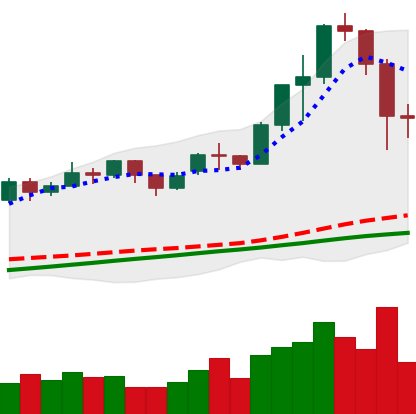
Ticker: ETH-USD
Chart end date: 2020-11-27
Forward return: 15.625%
Label: up_7plus